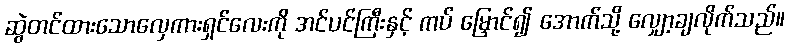
ဆွဲတင်ထားသောလှေကားရှင်လေးကို အင်ပင်ကြီးနှင့် ကပ် မြှောင်၍ အောက်သို့ လျှော့ချလိုက်သည်။